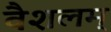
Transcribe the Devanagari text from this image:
वैशलम्